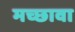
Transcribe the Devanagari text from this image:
मच्छावा